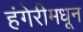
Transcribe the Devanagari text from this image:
हंगेरीमधून